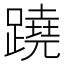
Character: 蹺